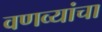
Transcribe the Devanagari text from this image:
वणव्यांचा